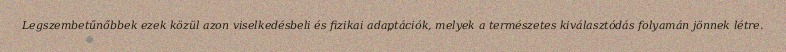
Legszembetűnőbbek ezek közül azon viselkedésbeli és fizikai adaptációk, melyek a természetes kiválasztódás folyamán jönnek létre.